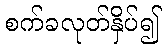
စက်ခလုတ်နှိပ်၍